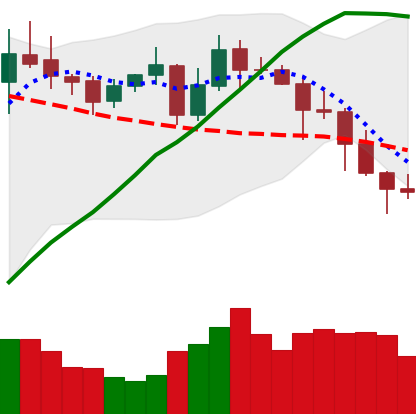
Ticker: ADA-USD
Chart end date: 2020-10-31
Forward return: 4.232%
Label: up_3_5